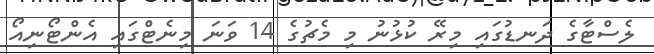
ލެސްޓާގެ ދަނޑުގައި މިރޭ ކުޅުނު މި މެޗުގެ 14 ވަނަ މިނެޓްގައި އެންޓޯނިއޯ